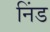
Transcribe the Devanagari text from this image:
निंड